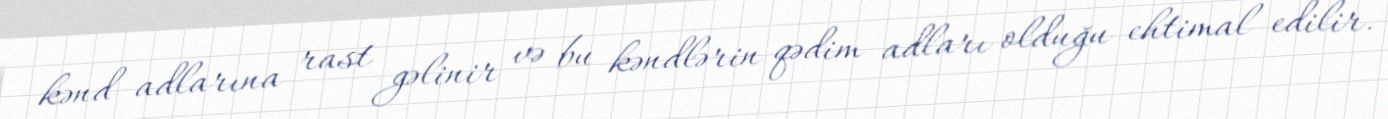
kənd adlarına rast gəlinir və bu kəndlərin qədim adları olduğu ehtimal edilir.